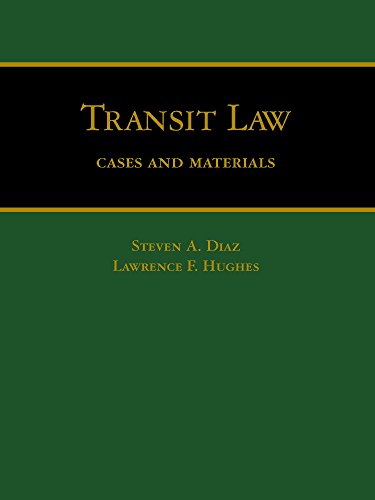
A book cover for Transit Law: Cases and Materials; Steven A. Diaz; Engineering & Transportation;